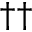
^ { \dag \dag }